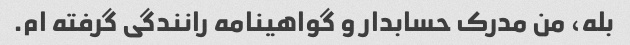
بله، من مدرک حسابدار و گواهینامه رانندگی گرفته ام.